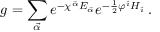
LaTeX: g = \sum _ { \vec { \alpha } } e ^ { - \chi ^ { \vec { \alpha } } E _ { \vec { \alpha } } } e ^ { - \frac { 1 } { 2 } \varphi ^ { \hat { \imath } } H _ { \hat { \imath } } } \, .